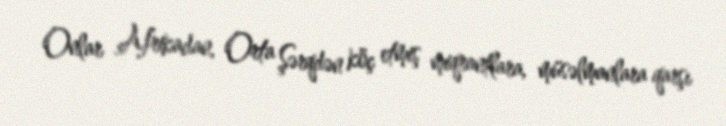
Onlar Afrikadan, Orta Şərqdən köç etmiş miqrantlara, müsəlmanlara qarşı